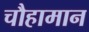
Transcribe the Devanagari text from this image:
चौहामान